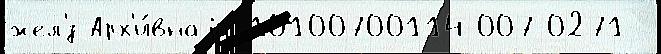
жел'́з Арх'и́внаjа 10100700114-007-0271-